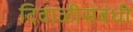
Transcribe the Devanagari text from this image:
दिवाळीसंबंधी